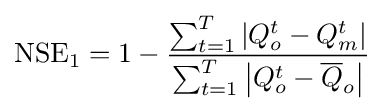
{\text{NSE}}_{1}=1-{\frac {\sum _{t=1}^{T}\left|Q_{o}^{t}-Q_{m}^{t}\right|}{\sum _{t=1}^{T}\left|Q_{o}^{t}-{\overline {Q}}_{o}\right|}}